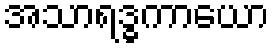
အသာရဒ္ဓကာယော